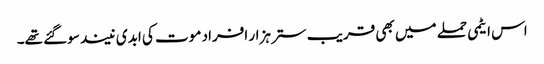
اس ایٹمی حملے میں بھی قریب ستر ہزار افراد موت کی ابدی نیند سوگئے تھے۔